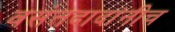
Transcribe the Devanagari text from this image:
वसंतदादांनीच